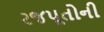
રજપૂતોની